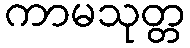
ကာမသုတ္တ